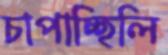
চাপাচ্ছিলি